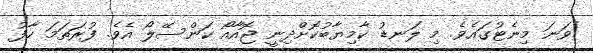
ވަނަ މިނެޓުގައެވެ. މި ލަނޑު ކާމިޔާބުކޮށްދިނީ ޖޮއާއޯ ކަންސޭލޯ އެވެ. ފުރަތަމަ ހާފު